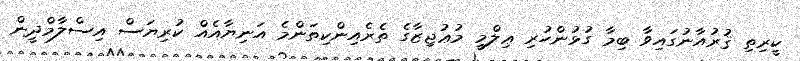
ކީރިތި ޤުރުއާނުގައިވާ ބިމާ ގުޅުންހުރި ޢިލްމީ މުޢުޖިޒާގެ ތެރެއިންކިތަންމެ އަނިޔާއެއް ކުރިޔަސް އިސްލާމްދީން